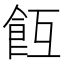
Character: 𩚢